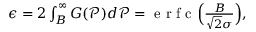
\begin{array} { r } { \epsilon = 2 \int _ { B } ^ { \infty } G ( \mathcal { P } ) d \mathcal { P } = \textrm { e r f c } \Big ( \frac { B } { \sqrt { 2 } \sigma } \Big ) , } \end{array}